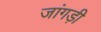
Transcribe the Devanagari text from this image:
जांगड़ी